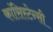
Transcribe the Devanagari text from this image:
कांसिस्टेन्सी